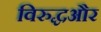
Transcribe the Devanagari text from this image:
विरुद्धऔर